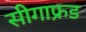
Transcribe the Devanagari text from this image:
सीगाफ्रड